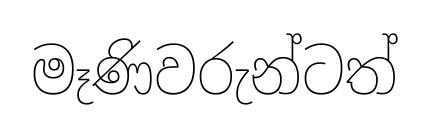
මෑණිවරුන්ටත්